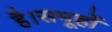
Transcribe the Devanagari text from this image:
है।समूहों